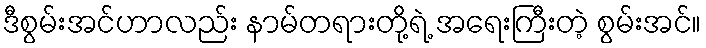
ဒီစွမ်းအင်ဟာလည်း နာမ်တရားတို့ရဲ့ အရေးကြီးတဲ့ စွမ်းအင်။